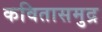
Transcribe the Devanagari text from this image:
कवितासमुद्र